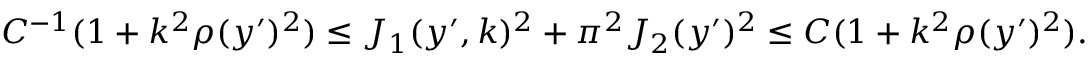
\begin{array} { r } { C ^ { - 1 } ( 1 + k ^ { 2 } \rho ( y ^ { \prime } ) ^ { 2 } ) \leq J _ { 1 } ( y ^ { \prime } , k ) ^ { 2 } + \pi ^ { 2 } J _ { 2 } ( y ^ { \prime } ) ^ { 2 } \leq C ( 1 + k ^ { 2 } \rho ( y ^ { \prime } ) ^ { 2 } ) . } \end{array}